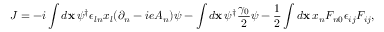
{ \cal J } = - i \int { d { \bf x } \, \psi ^ { \dagger } \epsilon _ { l n } x _ { l } ( \partial _ { n } - i e A _ { n } ) \psi } - \int { d { \bf x } \, \psi ^ { \dagger } \frac { \gamma _ { 0 } } { 2 } \psi } - \frac { 1 } { 2 } \int { d { \bf x } \, x _ { n } F _ { n 0 } \epsilon _ { i j } F _ { i j } } ,